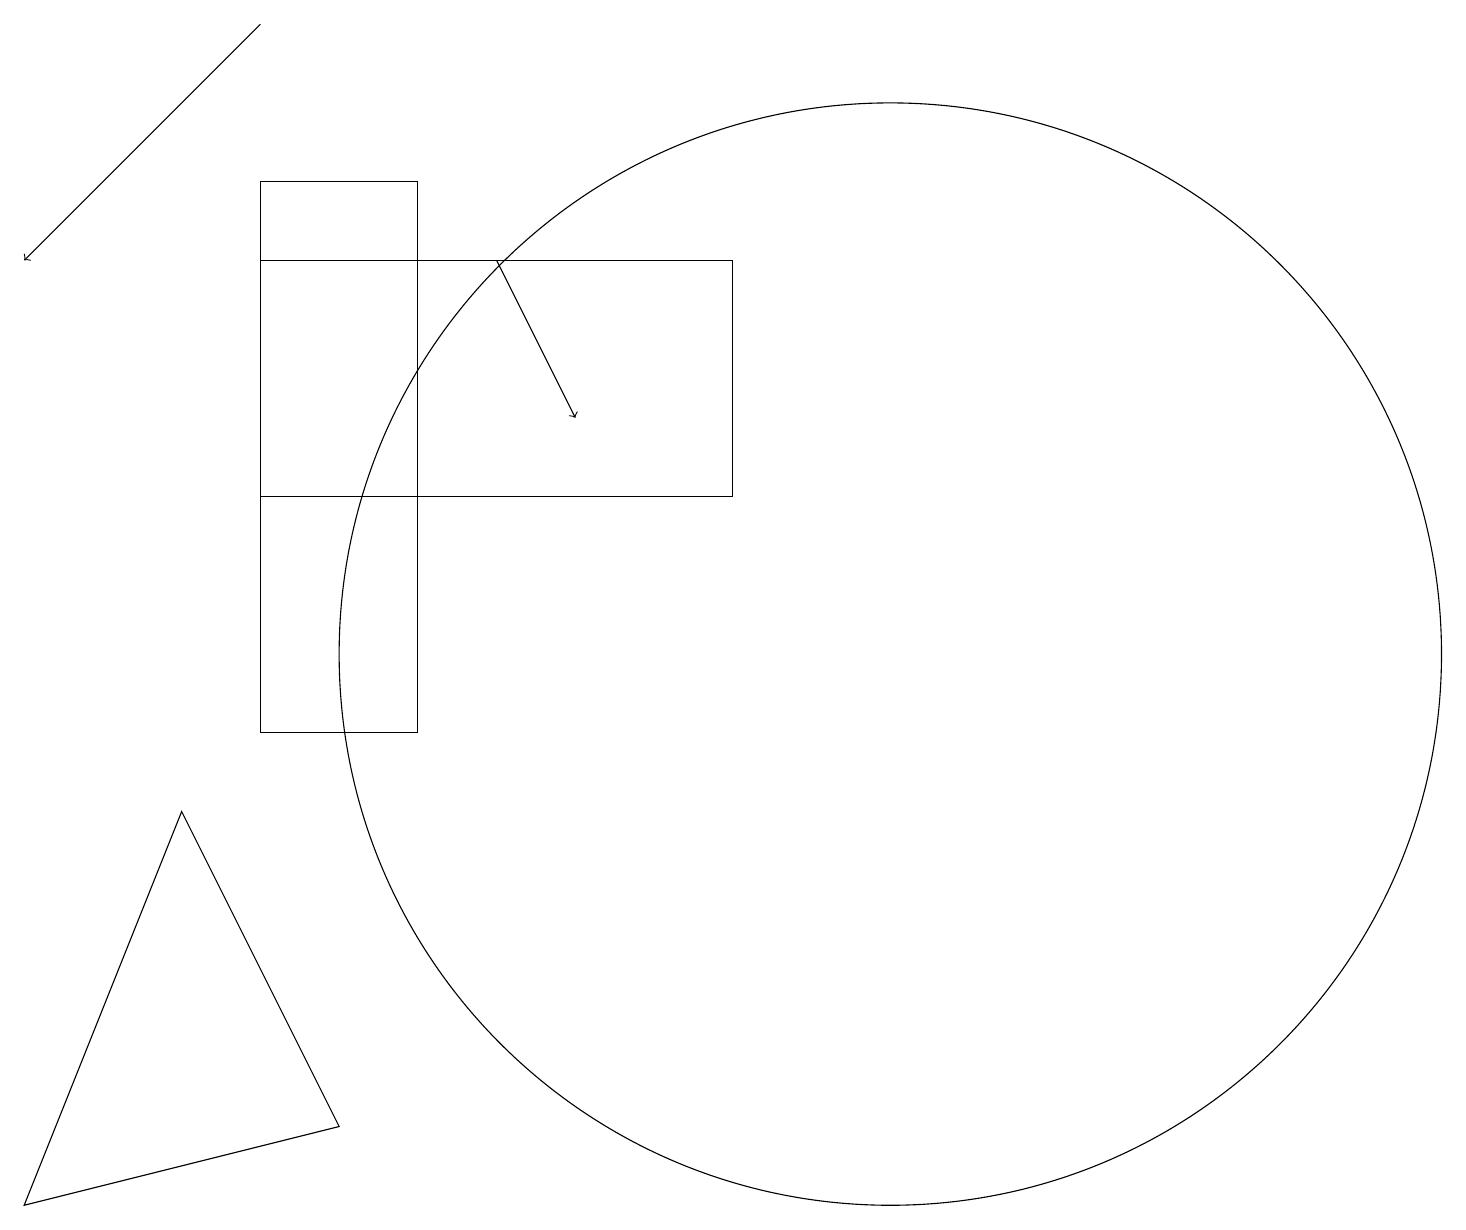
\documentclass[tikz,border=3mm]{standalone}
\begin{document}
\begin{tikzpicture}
\draw[->] (6,16) -- (7,14);
\draw[->] (3,19) -- (0,16);
\draw (4,5) -- (0,4) -- (2,9) -- cycle;
\draw (11,11) circle (7);
\draw (3,10) rectangle (5,17);
\draw (9,16) rectangle (3,13);
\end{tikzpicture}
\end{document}